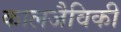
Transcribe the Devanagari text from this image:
कालजैविकी